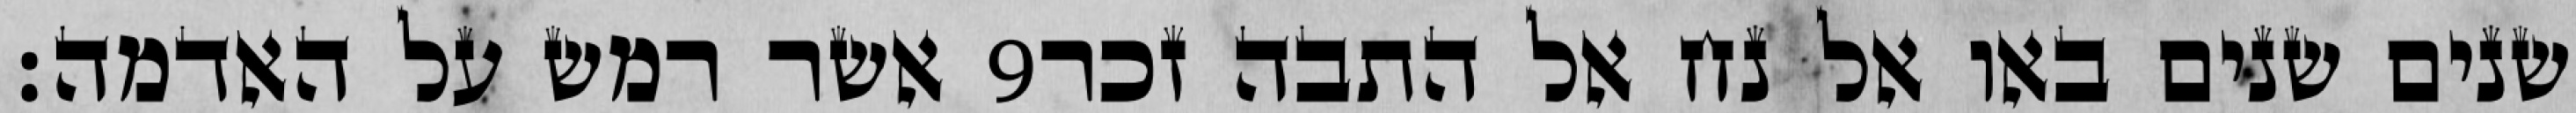
אשר רמש על האדמה׃ ‎9‏ שנים שנים באו אל נח אל התבה זכר